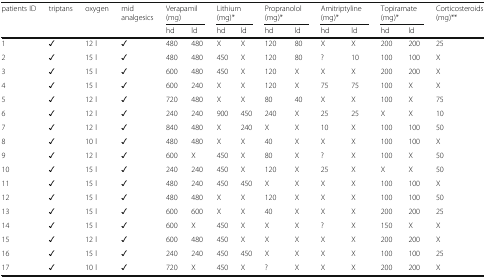
<table><thead><tr><td rowspan="2"><b>patients ID</b></td><td rowspan="2"><b>triptans</b></td><td rowspan="2"><b>oxygen</b></td><td rowspan="2"><b>mid analgesics</b></td><td colspan="2"><b>Verapamil (mg)</b></td><td colspan="2"><b>Lithium (mg)*</b></td><td colspan="2"><b>Propranolol (mg)*</b></td><td colspan="2"><b>Amitriptyline (mg)*</b></td><td colspan="2"><b>Topiramate (mg)*</b></td><td rowspan="2"><b>Corticosteroids (mg)**</b></td></tr><tr><td><b>hd</b></td><td><b>ld</b></td><td><b>hd</b></td><td><b>ld</b></td><td><b>hd</b></td><td><b>ld</b></td><td><b>hd</b></td><td><b>ld</b></td><td><b>hd</b></td><td><b>ld</b></td></tr></thead><tbody><tr><td>1</td><td>✓</td><td>12 l</td><td>✓</td><td>480</td><td>480</td><td>X</td><td>X</td><td>120</td><td>80</td><td>X</td><td>X</td><td>200</td><td>200</td><td>25</td></tr><tr><td>2</td><td>✓</td><td>15 l</td><td>✓</td><td>480</td><td>480</td><td>450</td><td>X</td><td>120</td><td>80</td><td>?</td><td>10</td><td>100</td><td>100</td><td>X</td></tr><tr><td>3</td><td>✓</td><td>15 l</td><td>✓</td><td>600</td><td>480</td><td>450</td><td>X</td><td>120</td><td>X</td><td>X</td><td>X</td><td>200</td><td>200</td><td>X</td></tr><tr><td>4</td><td>✓</td><td>15 l</td><td>✓</td><td>600</td><td>240</td><td>X</td><td>X</td><td>120</td><td>X</td><td>75</td><td>75</td><td>100</td><td>X</td><td>X</td></tr><tr><td>5</td><td>✓</td><td>12 l</td><td>✓</td><td>720</td><td>480</td><td>X</td><td>X</td><td>80</td><td>40</td><td>X</td><td>X</td><td>100</td><td>X</td><td>75</td></tr><tr><td>6</td><td>✓</td><td>12 l</td><td>✓</td><td>240</td><td>240</td><td>900</td><td>450</td><td>240</td><td>X</td><td>25</td><td>25</td><td>X</td><td>X</td><td>10</td></tr><tr><td>7</td><td>✓</td><td>12 l</td><td>✓</td><td>840</td><td>480</td><td>X</td><td>240</td><td>X</td><td>X</td><td>10</td><td>X</td><td>100</td><td>100</td><td>50</td></tr><tr><td>8</td><td>✓</td><td>10 l</td><td>✓</td><td>480</td><td>480</td><td>X</td><td>X</td><td>40</td><td>X</td><td>X</td><td>X</td><td>100</td><td>100</td><td>X</td></tr><tr><td>9</td><td>✓</td><td>12 l</td><td>✓</td><td>600</td><td>X</td><td>450</td><td>X</td><td>80</td><td>X</td><td>?</td><td>X</td><td>100</td><td>X</td><td>50</td></tr><tr><td>10</td><td>✓</td><td>15 l</td><td>✓</td><td>240</td><td>240</td><td>450</td><td>X</td><td>120</td><td>X</td><td>25</td><td>X</td><td>X</td><td>X</td><td>50</td></tr><tr><td>11</td><td>✓</td><td>15 l</td><td>✓</td><td>480</td><td>240</td><td>450</td><td>450</td><td>X</td><td>X</td><td>X</td><td>X</td><td>100</td><td>100</td><td>X</td></tr><tr><td>12</td><td>✓</td><td>15 l</td><td>✓</td><td>480</td><td>480</td><td>X</td><td>X</td><td>120</td><td>X</td><td>X</td><td>X</td><td>100</td><td>100</td><td>50</td></tr><tr><td>13</td><td>✓</td><td>15 l</td><td>✓</td><td>600</td><td>600</td><td>X</td><td>X</td><td>40</td><td>X</td><td>X</td><td>X</td><td>200</td><td>200</td><td>25</td></tr><tr><td>14</td><td>✓</td><td>15 l</td><td>✓</td><td>600</td><td>X</td><td>450</td><td>X</td><td>X</td><td>X</td><td>?</td><td>X</td><td>150</td><td>X</td><td>X</td></tr><tr><td>15</td><td>✓</td><td>12 l</td><td>✓</td><td>600</td><td>480</td><td>450</td><td>X</td><td>X</td><td>X</td><td>X</td><td>X</td><td>200</td><td>200</td><td>X</td></tr><tr><td>16</td><td>✓</td><td>15 l</td><td>✓</td><td>240</td><td>240</td><td>450</td><td>450</td><td>X</td><td>X</td><td>X</td><td>X</td><td>100</td><td>100</td><td>25</td></tr><tr><td>17</td><td>✓</td><td>10 l</td><td>✓</td><td>720</td><td>X</td><td>450</td><td>X</td><td>?</td><td>X</td><td>X</td><td>X</td><td>200</td><td>200</td><td>X</td></tr></tbody></table>